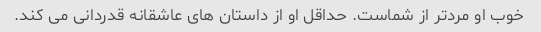
خوب او مردتر از شماست. حداقل او از داستان های عاشقانه قدردانی می کند.